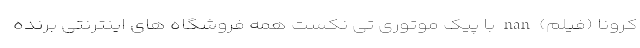
کرونا (فیلم) nan با پیک موتوری تی نکست همه فروشگاه های اینترنتی برنده